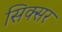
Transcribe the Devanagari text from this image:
सिक्सर